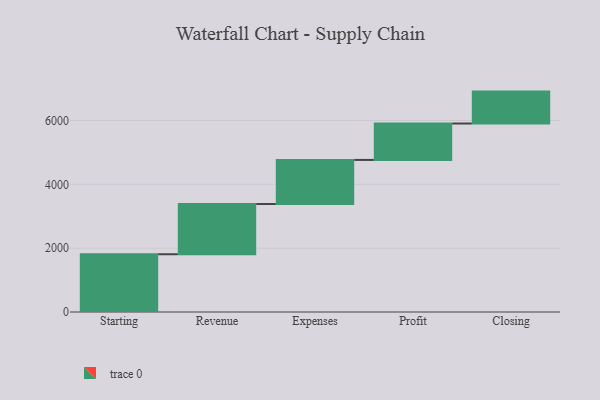
{"axis": {"x": "Step", "y": "Value"}, "legend": [""], "data": [{"x": "Starting", "y": 1810.0, "type": ""}, {"x": "Revenue", "y": 1573.0, "type": ""}, {"x": "Expenses", "y": 1382.0, "type": ""}, {"x": "Profit", "y": 1141.0, "type": ""}, {"x": "Closing", "y": 1000, "type": ""}]}